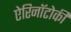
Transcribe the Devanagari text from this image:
ऐरिनॉटोकी